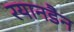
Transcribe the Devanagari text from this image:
रयानडैन